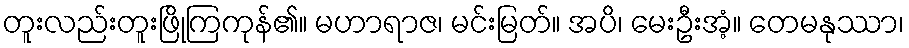
တူးလည်းတူးဖြိုကြကုန်၏။ မဟာရာဇ၊ မင်းမြတ်။ အပိ၊ မေးဦးအံ့။ တေမနုဿာ၊